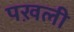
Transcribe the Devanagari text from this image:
पख़ली